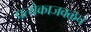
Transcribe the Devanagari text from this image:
प्रत्येकाजवळच